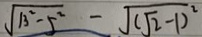
\sqrt { 1 3 ^ { 2 } - 5 ^ { 2 } } - \sqrt { ( \sqrt { 2 } - 1 ) ^ { 2 } }